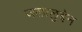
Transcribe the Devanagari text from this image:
जलालुद्देन